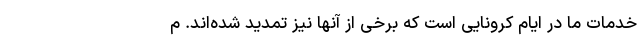
خدمات ما در ایام کرونایی است که برخی از آنها نیز تمدید شده‌اند. م